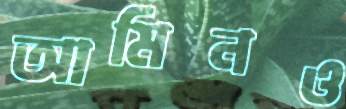
আমিনও